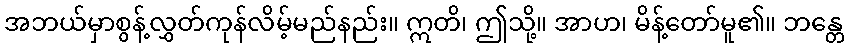
အဘယ်မှာစွန့်လွှတ်ကုန်လိမ့်မည်နည်း။ ဣတိ၊ ဤသို့။ အာဟ၊ မိန့်တော်မူ၏။ ဘန္တေ